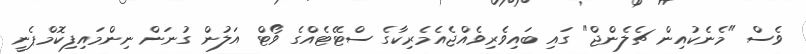
ވެސް "މެނެކުއިން ޗެލެންޖް" ގައި ބައިވެރިވެއްޖެއެމެރިކާގެ ސްޓޭޓެއްގެ ވޯޓް އަލުން ގުނަން ނިންމައިފިކޮމްޕެނީ